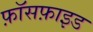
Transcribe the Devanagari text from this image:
फ़ॉसफ़ाइड